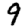
Digit: 9